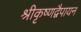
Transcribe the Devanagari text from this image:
श्रीकृष्णद्वैपायन